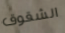
الشقوق